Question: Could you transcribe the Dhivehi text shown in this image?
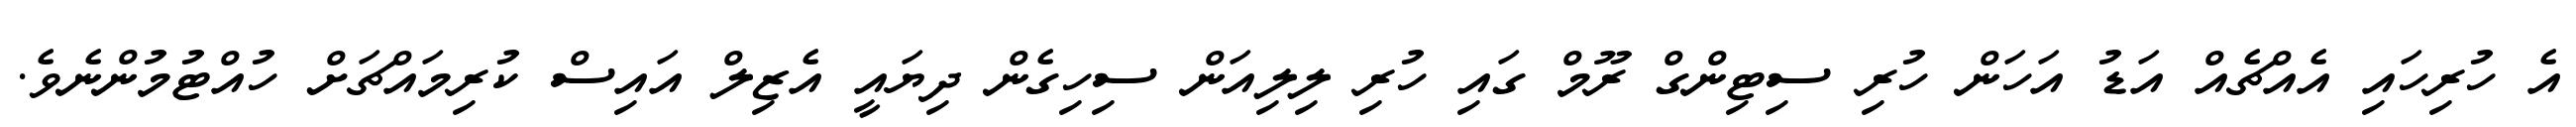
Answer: އެ ހުރިހައި އެއްޗެއް އަޑު އަހަން ހުރި ސިޓިންގް ރޫމް ގައި ހުރި ލިލިއަން ސިހިގެން ދިޔައީ އެޒިލް އައިސް ކުރިމައްޗަށް ހުއްޓުމުންނެވެ.